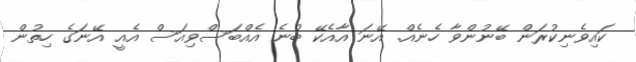
ކައިވެނިކުރަން ބޭނުންވާ ހެނެއް. އޭނަ އާއެކޭ ބުނެ އެއްބަސްވިއަސް އެއީ އޭނަގެ ހިތުން